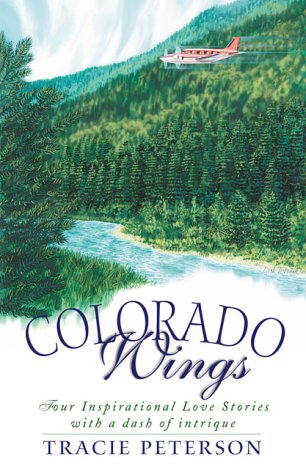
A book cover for Colorado Wings: A Wing and a Prayer/Wings Like Eagles/Wings of the Dawn/A Gift of Wings (Inspirational Romance Collection); Tracie Peterson; Religion & Spirituality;